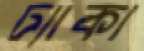
ঢ্যাকা